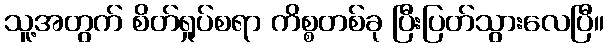
သူ့အတွက် စိတ်ရှုပ်စရာ ကိစ္စတစ်ခု ပြီးပြတ်သွားလေပြီ။